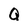
Character: Q